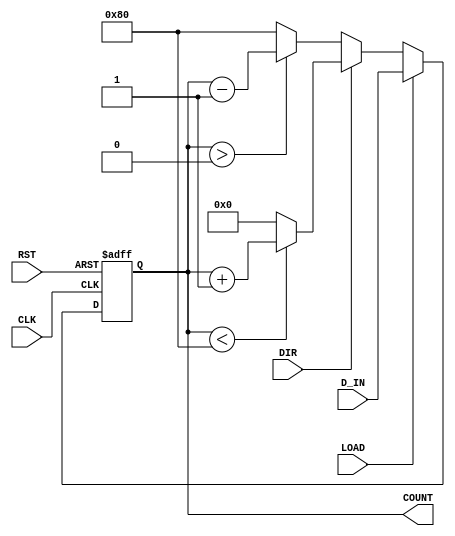
module UpDownCounter #(
    parameter N = 8 // Width of the counter (number of bits)
)(
    input wire CLK,            // Clock signal
    input wire RST,            // Reset signal (active high)
    input wire DIR,            // Direction control (1 = up, 0 = down)
    input wire LOAD,           // Load signal (active high)
    input wire [N-1:0] D_IN,   // Data input for loading
    output reg [N-1:0] COUNT   // Counter output
);

// Always block triggered on the rising edge of the clock
always @(posedge CLK or posedge RST) begin
    if (RST) begin
        // Reset the counter to zero
        COUNT <= {N{1'b0}};
    end else if (LOAD) begin
        // Load the counter with the input data
        COUNT <= D_IN;
    end else begin
        // Count up or down based on DIR
        if (DIR) begin
            // Count up
            if (COUNT < {1'b1, {N-1{1'b0}}}) begin // Check for overflow
                COUNT <= COUNT + 1;
            end else begin
                COUNT <= {N{1'b0}}; // Wrap around to zero
            end
        end else begin
            // Count down
            if (COUNT > 0) begin // Check for underflow
                COUNT <= COUNT - 1;
            end else begin
                COUNT <= {1'b1, {N-1{1'b0}}}; // Wrap around to max value
            end
        end
    end
end

endmodule